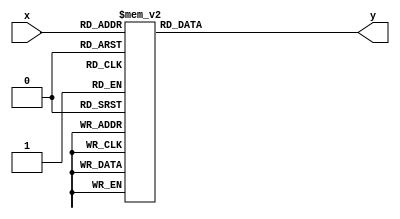
module my_hex(x, y);
	input [3:0] x;
	output reg [6:0] y= 7'b1111111;
	
	always @(x)
	begin
		
		case (x)
			0 : y = 7'b1000000;
			1 : y = 7'b1111001;
			2 : y = 7'b0100100;
			3 : y = 7'b0110000;
			4 : y = 7'b0011001;
			5 : y = 7'b0010010;
			6 : y = 7'b0000010;
			7 : y = 7'b1111000;
			8 : y = 7'b0000000;
			9 : y = 7'b0010000;
			10 : y = 7'b0001000;
			11 : y = 7'b0000011;
			12 : y = 7'b1000110;
			13 : y = 7'b0100001;
			14 : y = 7'b0000110;
			15 : y = 7'b0001110;
			default: y = 7'b1111111;
		endcase
		
	end
	
endmodule